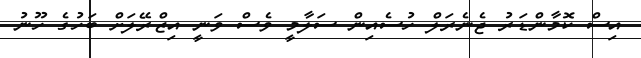
އިސް ކޮމާންޑަރު ޖެނެރަލް ހުސެއިން ސަލާމީ ވެސް ވަނީ އިޒްރޭލަށް ބަހުގެ ހޫނު